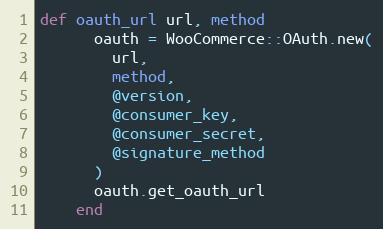
Language: Ruby
def oauth_url url, method
      oauth = WooCommerce::OAuth.new(
        url,
        method,
        @version,
        @consumer_key,
        @consumer_secret,
        @signature_method
      )
      oauth.get_oauth_url
    end